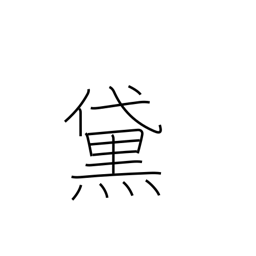
Meaning: blackened eyebrows